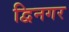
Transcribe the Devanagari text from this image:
द्विनगर